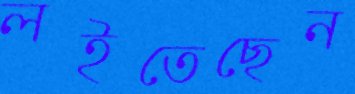
লইতেছেন